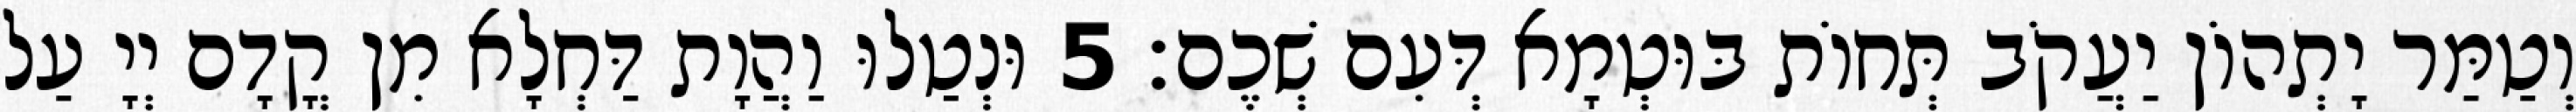
וְטַמַּר יָתְהוֹן יַעֲקֹב תְּחוֹת בּוּטְמָא דְּעִם שְׁכֶם׃ 5 וּנְטַלוּ וַהֲוָת דַּחְלָא מִן קֳדָם יְיָ עַל